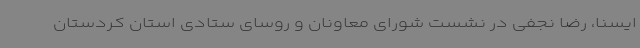
ایسنا، رضا نجفی در نشست شورای معاونان و روسای ستادی استان کردستان